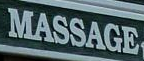
MESSAGE